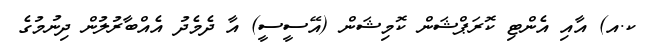
ކ.އ) އާއި އެންޓި ކޮރަޕްޝަން ކޮމިޝަން (އޭސީސީ) އާ ދެމެދު އެއްބާރުލުން ދިނުމުގެ